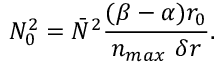
N _ { 0 } ^ { 2 } = \bar { N } ^ { 2 } \frac { ( \beta - \alpha ) r _ { 0 } } { n _ { m a x } ~ \delta r } .